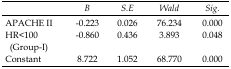
|  | B | S.E | Wald | Sig. |
 | --- | --- | --- | --- | --- |
 | APACHE II | -0.223 | 0.026 | 76.234 | 0.000 |
 | HR<100 (Group-I) | -0.860 | 0.436 | 3.893 | 0.048 |
 | Constant | 8.722 | 1.052 | 68.770 | 0.000 |